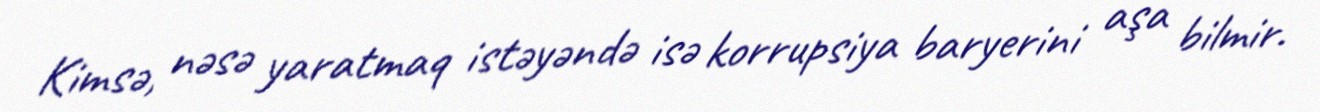
Kimsə, nəsə yaratmaq istəyəndə isə korrupsiya baryerini aşa bilmir.